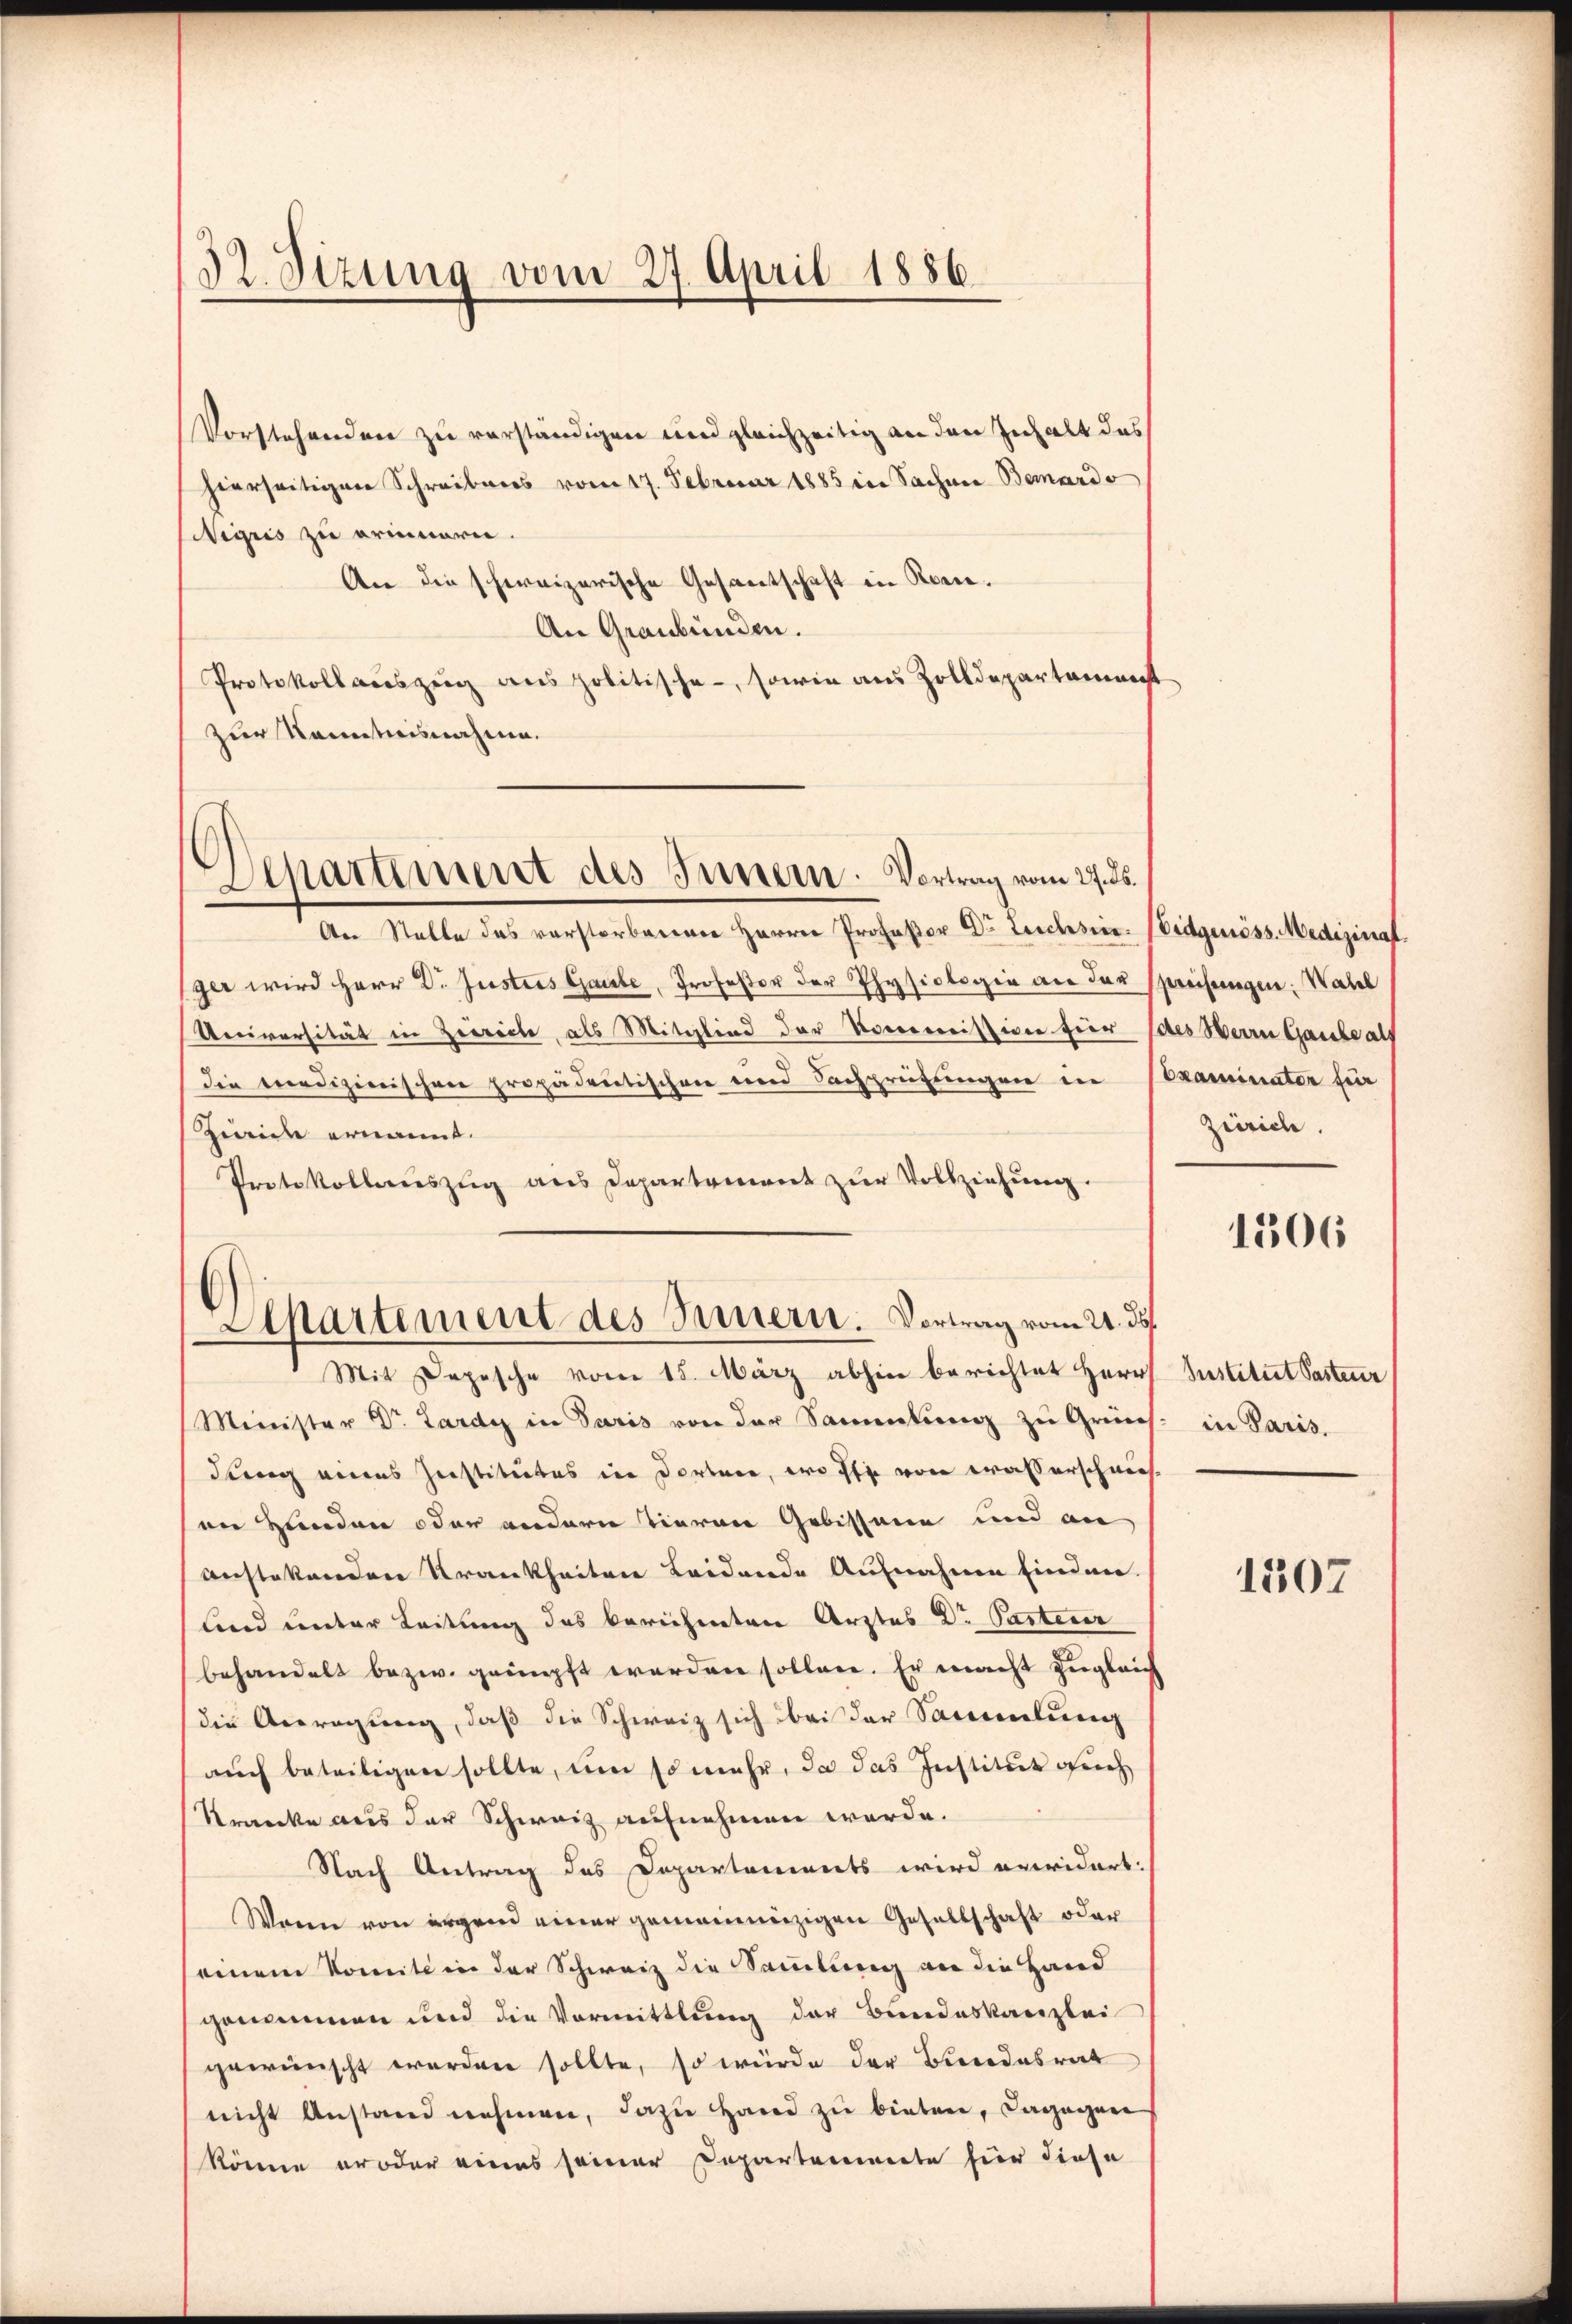
32. Sizung vom 27. April 1886.

Vorstehenden zu verständigen und gleichzeitig an den Inhalt das
hierseitigen Schreibens vom 17. Februar 1885 in Sachnen Bemardo
Wigris zu erinnern.
An die schweizerische Gesantschaft in Rone.
An Graubünden.
Protokoll auszeig aus politische, sowie aus Zolldepartement
zur Kenntnisnahme.
Departiment des Innern. Vortrag vom 27. ds.

Separtement des Innern. Vortrag vom 24. ds.
Mit Depesche vom 15. März abhin berichtet Herr

An Stelle des verstorbenen Herrn Professor Dr Leichsen. Eidgenöss. Medizinal.
ger wird Herr Dr. Justies Gaute, Profeßor der Physiologie an der spreisungen: Wahl
Universität in Ziereche, als Mitglied der Kommission für des Herrn Gante als
die medizinischen propädentischen und Fachprüftungen der
Zweide ernannt.
Protokollauszug aus Departement zur Vollziehung.
Minister Dr. Lardy in Paris von der Sammlung zu Grünh
dung eines Institutes in dorten, wo ihr von wasserschweise
on Hunden oder andern Tieren Gebissene und an
anstatenden Krankheiten Leidende Aufnahme finden.
lind unter Leitung des berichneten Arztes Dr. Parteur
behandelt bezw. grämpft werden sollen. Er macht zugleich
die Anregung, daß die Schweiz sich bei der Sammlung
aŭch beteiligen sollte, um so mehr, da das Institut sich
Kranke aus der Schweiz aufnehmen werde.
Nach Antrag des Departements wird erwidert:
Wann von ergen einer gemeinnüzigen Gesellschaft oder
einem Komite in der Schweiz die Sammlung an die Hand
genommen und die Vormittlung der Bundeskanzlei
gewünscht werden sollte, so würde der Bundesrat
nicht Anstand nehmen, dazŭ Hand zŭ bieten, dagegen
könne er oder eines seiner Departemente für diese

Examinator für
Zürich.

1306

Institut Pasteur
in Paris.

1507